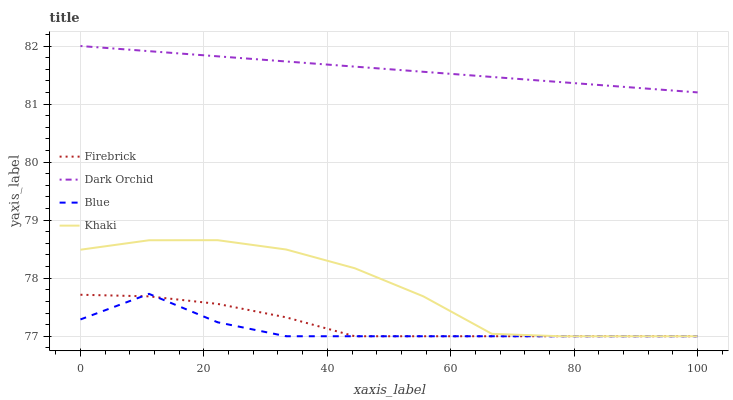
| xaxis_label | Firebrick | Dark Orchid | Blue | Khaki |
 | --- | --- | --- | --- | --- |
 | 0 | 77.7 | 82 | 77.3 | 78.5 |
 | 11.1 | 77.7 | 81.9 | 77.7 | 78.7 |
 | 22.2 | 77.6 | 81.8 | 77.2 | 78.7 |
 | 33.3 | 77.3 | 81.7 | 77 | 78.5 |
 | 44.4 | 77 | 81.6 | 77 | 78.2 |
 | 55.6 | 77 | 81.6 | 77 | 77.7 |
 | 66.7 | 77 | 81.5 | 77 | 77 |
 | 77.8 | 77 | 81.4 | 77 | 77 |
 | 88.9 | 77 | 81.3 | 77 | 77 |
 | 100 | 77 | 81.2 | 77 | 77 |